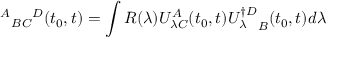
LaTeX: \ { ^ A } { _ B } { _ C } { ^ D } ( t _ { 0 } , t ) = \int R ( \lambda ) U _ { \lambda C } ^ { A } ( t _ { 0 } , t ) { U _ { \lambda } ^ { \dagger D } } _ { B } ( t _ { 0 } , t ) d \lambda